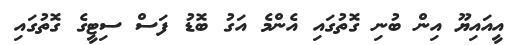
އީއަައިޔޫ އިން ބުނި ގޮތުގައި އެންމެ އަގު ބޮޑު ފަސް ސިޓީގެ ގޮތުގައި